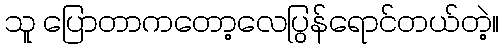
သူ ပြောတာကတော့လေပြွန်ရောင်တယ်တဲ့။